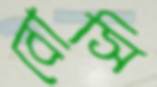
বোসি